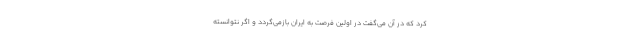
کرد که در آن می‌گفت در اولین فرصت به ایران بازمی‌گردد و اگر نتوانسته